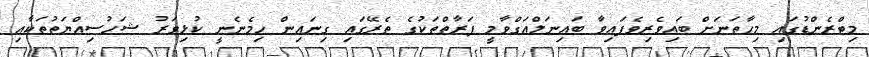
މިޓްރެންޑުގައި މިހާތަނަށް ބައިވެރިވެފައިވާ ބައިނަލްއަގްވާމީ ފަރާތްތަކުގެ ތެރޭގައި ގިނައިން ހިމެނެނީ ކުޅިވަރު ޝަހުސިއްޔަތުތަކާއި